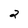
Character: 2